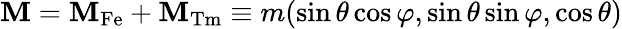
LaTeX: \mathbf{M}=\mathbf{M}_{\mathrm{Fe}}+\mathbf{M}_{\mathrm{Tm}}\equiv m(\sin\theta\cos\varphi,\sin\theta\sin\varphi,\cos\theta)